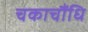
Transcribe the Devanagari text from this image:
चकाचौंधि